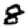
Digit: 8